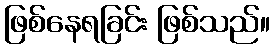
ဖြစ်နေရခြင်း ဖြစ်သည်။